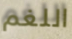
اللغم